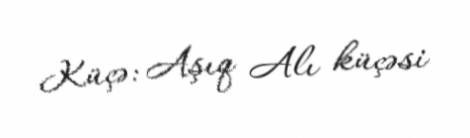
Küçə: Aşıq Alı küçəsi